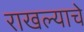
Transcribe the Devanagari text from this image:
राखल्याचे